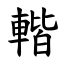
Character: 䡡